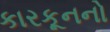
કારકૂનનો